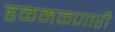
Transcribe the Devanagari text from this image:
डळमळणारी